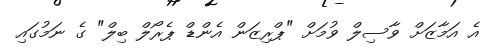
އެ އަމާޒަށް ވާސިލް ވުމަށް "ޕްރިޒަން އެންޑް ޕެރޯލް ބިލް" ގެ ނަމުގައި